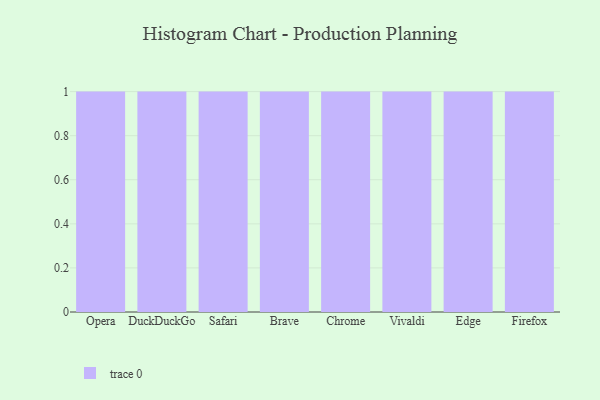
{"axis": {"x": "Browser", "y": "Customer Acquisition Cost (USD)"}, "legend": [""], "data": [{"x": "Opera", "y": 22, "type": ""}, {"x": "DuckDuckGo", "y": 60, "type": ""}, {"x": "Safari", "y": 80, "type": ""}, {"x": "Brave", "y": 69, "type": ""}, {"x": "Chrome", "y": 33, "type": ""}, {"x": "Vivaldi", "y": 97, "type": ""}, {"x": "Edge", "y": 13, "type": ""}, {"x": "Firefox", "y": 72, "type": ""}]}